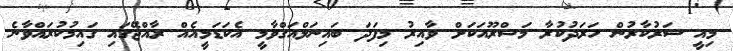
މިއީ ސަރުކާރުން ހަރަދުކުރާ މަޝްރޫއަކަށް ވާއިރު މިފަދަ ބައިނަލްއަގްވާމީ އެކަޑަމީއެއް ރާއްޖޭގައި ގައިމުކުރައްވާނެ